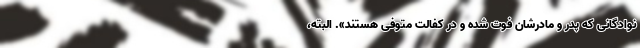
نوادگانی ‌که پدر و مادرشان فوت شده و در کفالت متوفی هستند». البته،